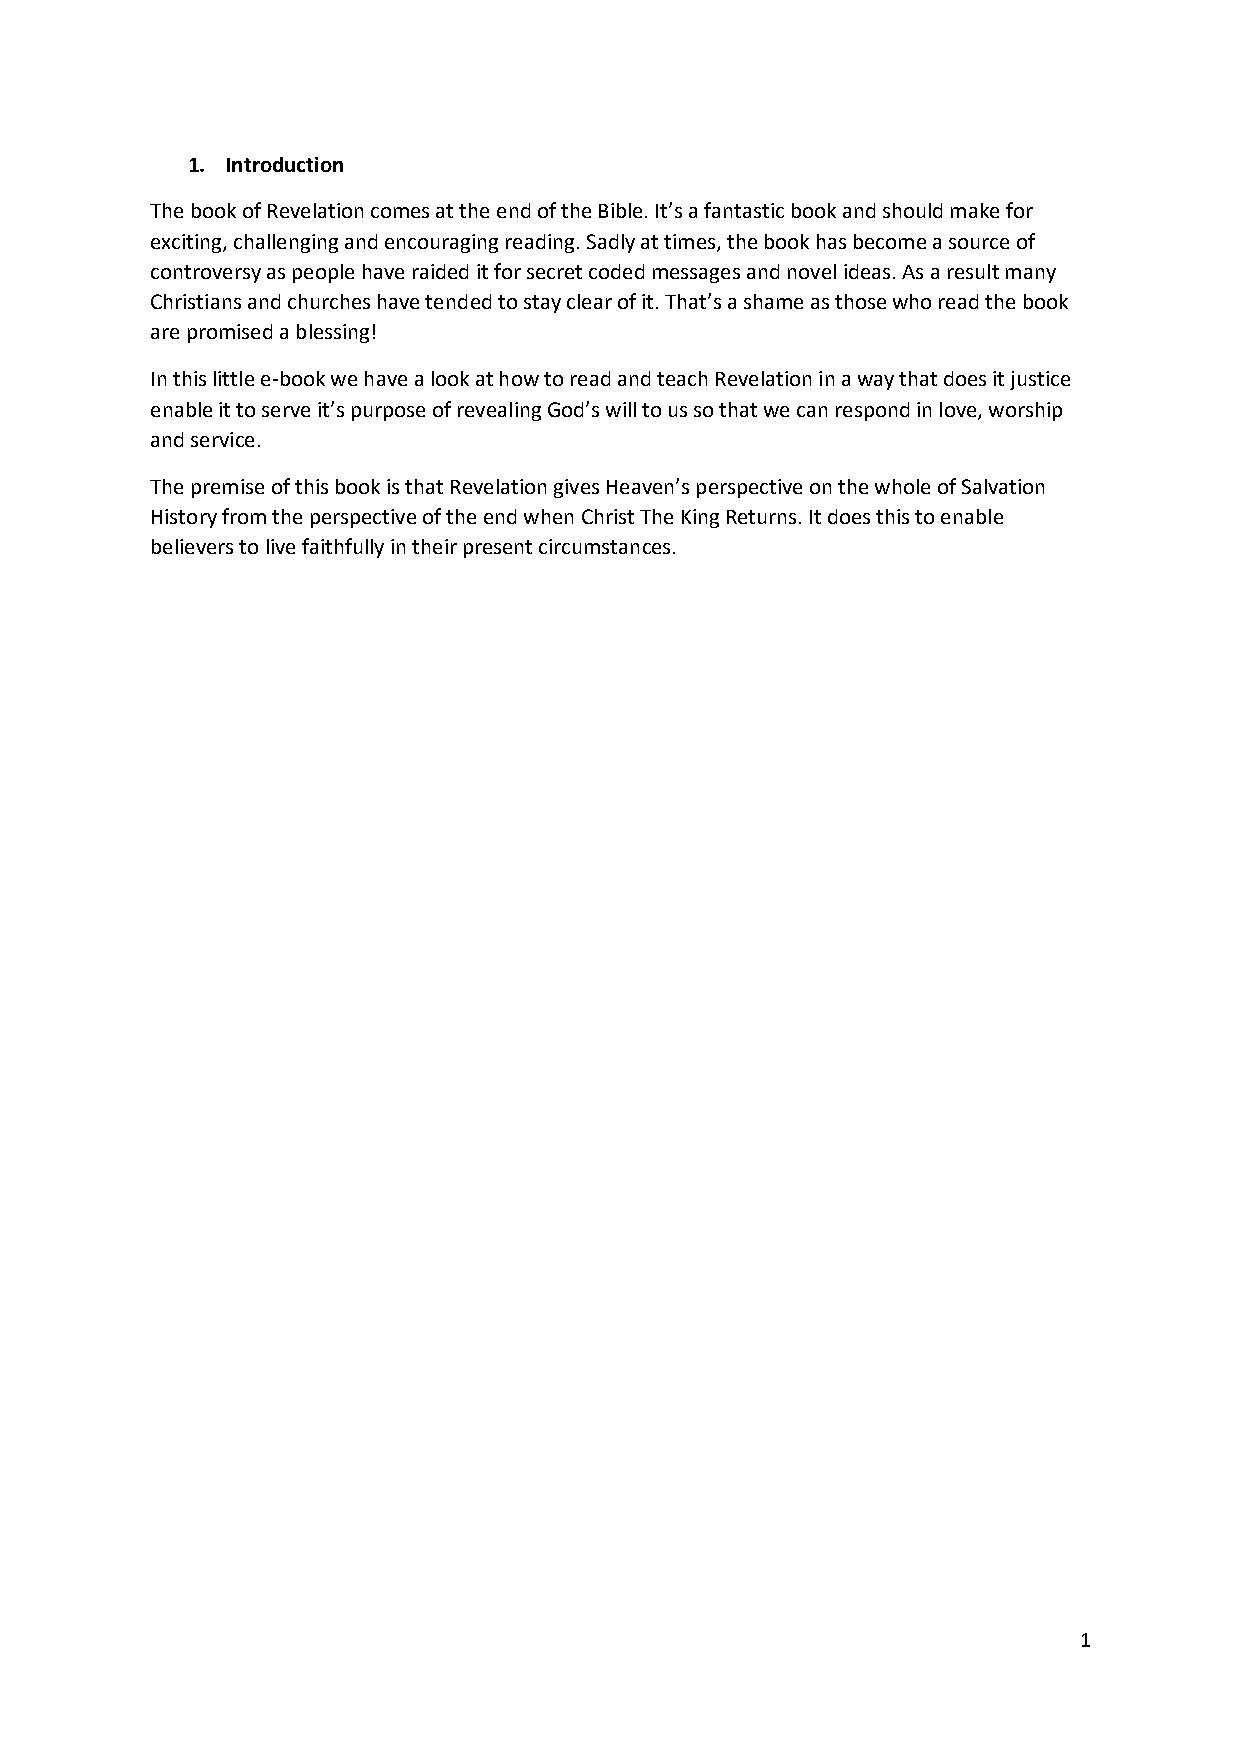
1. Introduction
 The book of Revelation comes at the end of the Bible. It’s a fantastic book and should make for
 exciting, challenging and encouraging reading. Sadly at times, the book has become a source of
 controversy as people have raided it for secret coded messages and novel ideas. As a result many
 Christians and churches have tended to stay clear of it. That’s a shame as those who read the book
 are promised a blessing!
 In this little e-book we have a look at how to read and teach Revelation in a way that does it justice
 enable it to serve it’s purpose of revealing God’s will to us so that we can respond in love, worship
 and service.
 The premise of this book is that Revelation gives Heaven’s perspective on the whole of Salvation
 History from the perspective of the end when Christ The King Returns. It does this to enable
 believers to live faithfully in their present circumstances.
 1